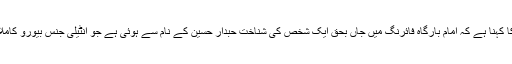
پولیس کا کہنا ہے کہ امام بارگاہ فائرنگ میں جاں بحق ایک شخص کی شناخت حبدار حسین کے نام سے ہوئی ہے جو انٹیلی جنس بیورو کاملازم تھا۔